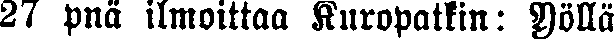
27 pnä ilmoittaa Kuropatkin: Yöllä